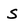
Character: s